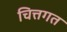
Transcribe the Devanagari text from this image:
चित्तगत